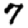
Digit: 7